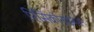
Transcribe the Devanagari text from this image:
रिसिंक्रोनाइजेशन